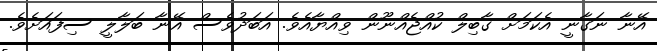
އޭނާ ނަގާނީ އެކަމަށް ގާބިލް ކުއްޖެއްނޫން ވިއްޔާއެވެ. އަބަދުވެސް އޭނާ ބަލާލީ ސިފައަށެވެ.